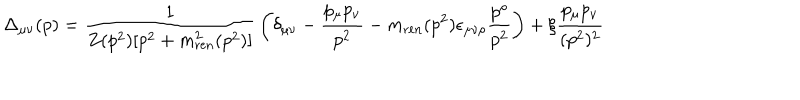
\Delta _ { \mu \nu } ( p ) = { \frac { 1 } { Z ( p ^ { 2 } ) [ p ^ { 2 } + m _ { \mathrm { r e n } } ^ { 2 } ( p ^ { 2 } ) ] } } \left( \delta _ { \mu \nu } - { \frac { p _ { \mu } p _ { \nu } } { p ^ { 2 } } } - m _ { \mathrm { r e n } } ( p ^ { 2 } ) \epsilon _ { \mu \nu \rho } { \frac { p ^ { \rho } } { p ^ { 2 } } } \right) + \xi { \frac { p _ { \mu } p _ { \nu } } { ( p ^ { 2 } ) ^ { 2 } } }